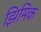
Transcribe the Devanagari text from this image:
झिमिक